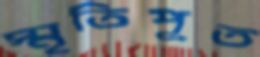
স্মৃতিপূত